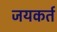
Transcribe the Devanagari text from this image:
जयकर्त